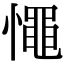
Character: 憴